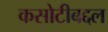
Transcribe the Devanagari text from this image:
कसोटीबद्दल